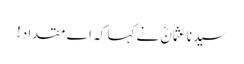
سیدنا عثمانؓ نے کہا کہ اے مقداد!